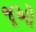
જૂઓ